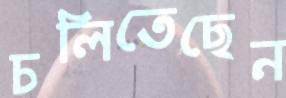
চলিতেছেন